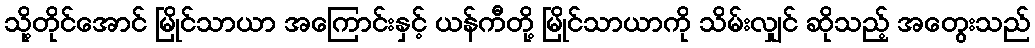
သို့တိုင်အောင် မြိုင်သာယာ အကြောင်းနှင့် ယန်ကီတို့ မြိုင်သာယာကို သိမ်းလျှင် ဆိုသည့် အတွေးသည်